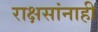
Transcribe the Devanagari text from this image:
राक्षसांनाही